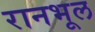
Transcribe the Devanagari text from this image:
रानभूल